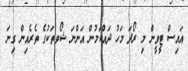
އައިސް ޓީވީން މި ރޯދަ މަހު ދައްކަމުން އަންނަ ޝޯވތަކުގެ ތެރެއިން ގިނަ